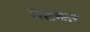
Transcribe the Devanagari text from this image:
तटकर